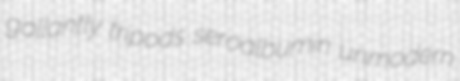
gallantly tripods seroalbumin unmodern